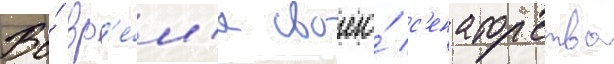
Во́ вр'е́м'я своего́ с'енаторства